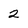
Character: 2